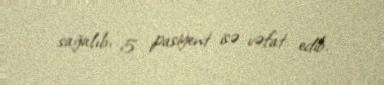
sağalıb, 5 pasiyent isə vəfat edib.